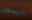
الرسول